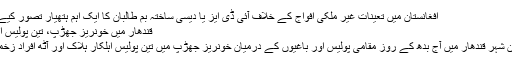
افغانستان میں تعینات غیر ملکی افواج کے خلاف آئی ڈی ایز یا دیسی ساختہ بم طالبان کا ایک اہم ہتھیار تصور کیے جاتے ہیں
قندھار میں خونریز جھڑپ، تین پولیس اہلکار ہلاک
جنوبی افغان شہر قندھار میں آج بدھ کے روز مقامی پولیس اور باغیوں کے درمیان خونریز جھڑپ میں تین پولیس اہلکار ہلاک اور آٹھ افراد زخمی ہو گئے۔